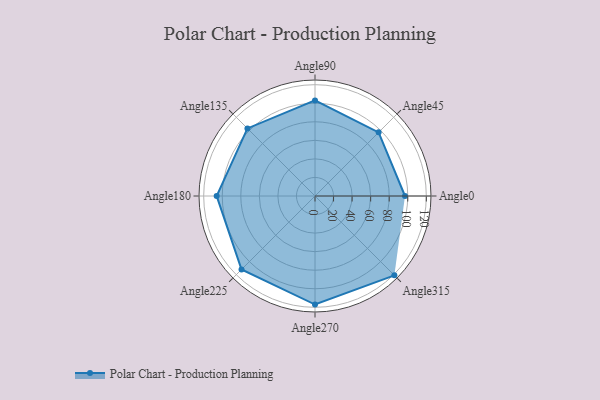
{"axis": {"x": "Angle", "y": "Radius"}, "legend": [""], "data": [{"x": "Angle0", "y": 97.0, "type": ""}, {"x": "Angle45", "y": 97.0, "type": ""}, {"x": "Angle90", "y": 103.0, "type": ""}, {"x": "Angle135", "y": 103.0, "type": ""}, {"x": "Angle180", "y": 106.0, "type": ""}, {"x": "Angle225", "y": 112.0, "type": ""}, {"x": "Angle270", "y": 117.0, "type": ""}, {"x": "Angle315", "y": 121.0, "type": ""}]}